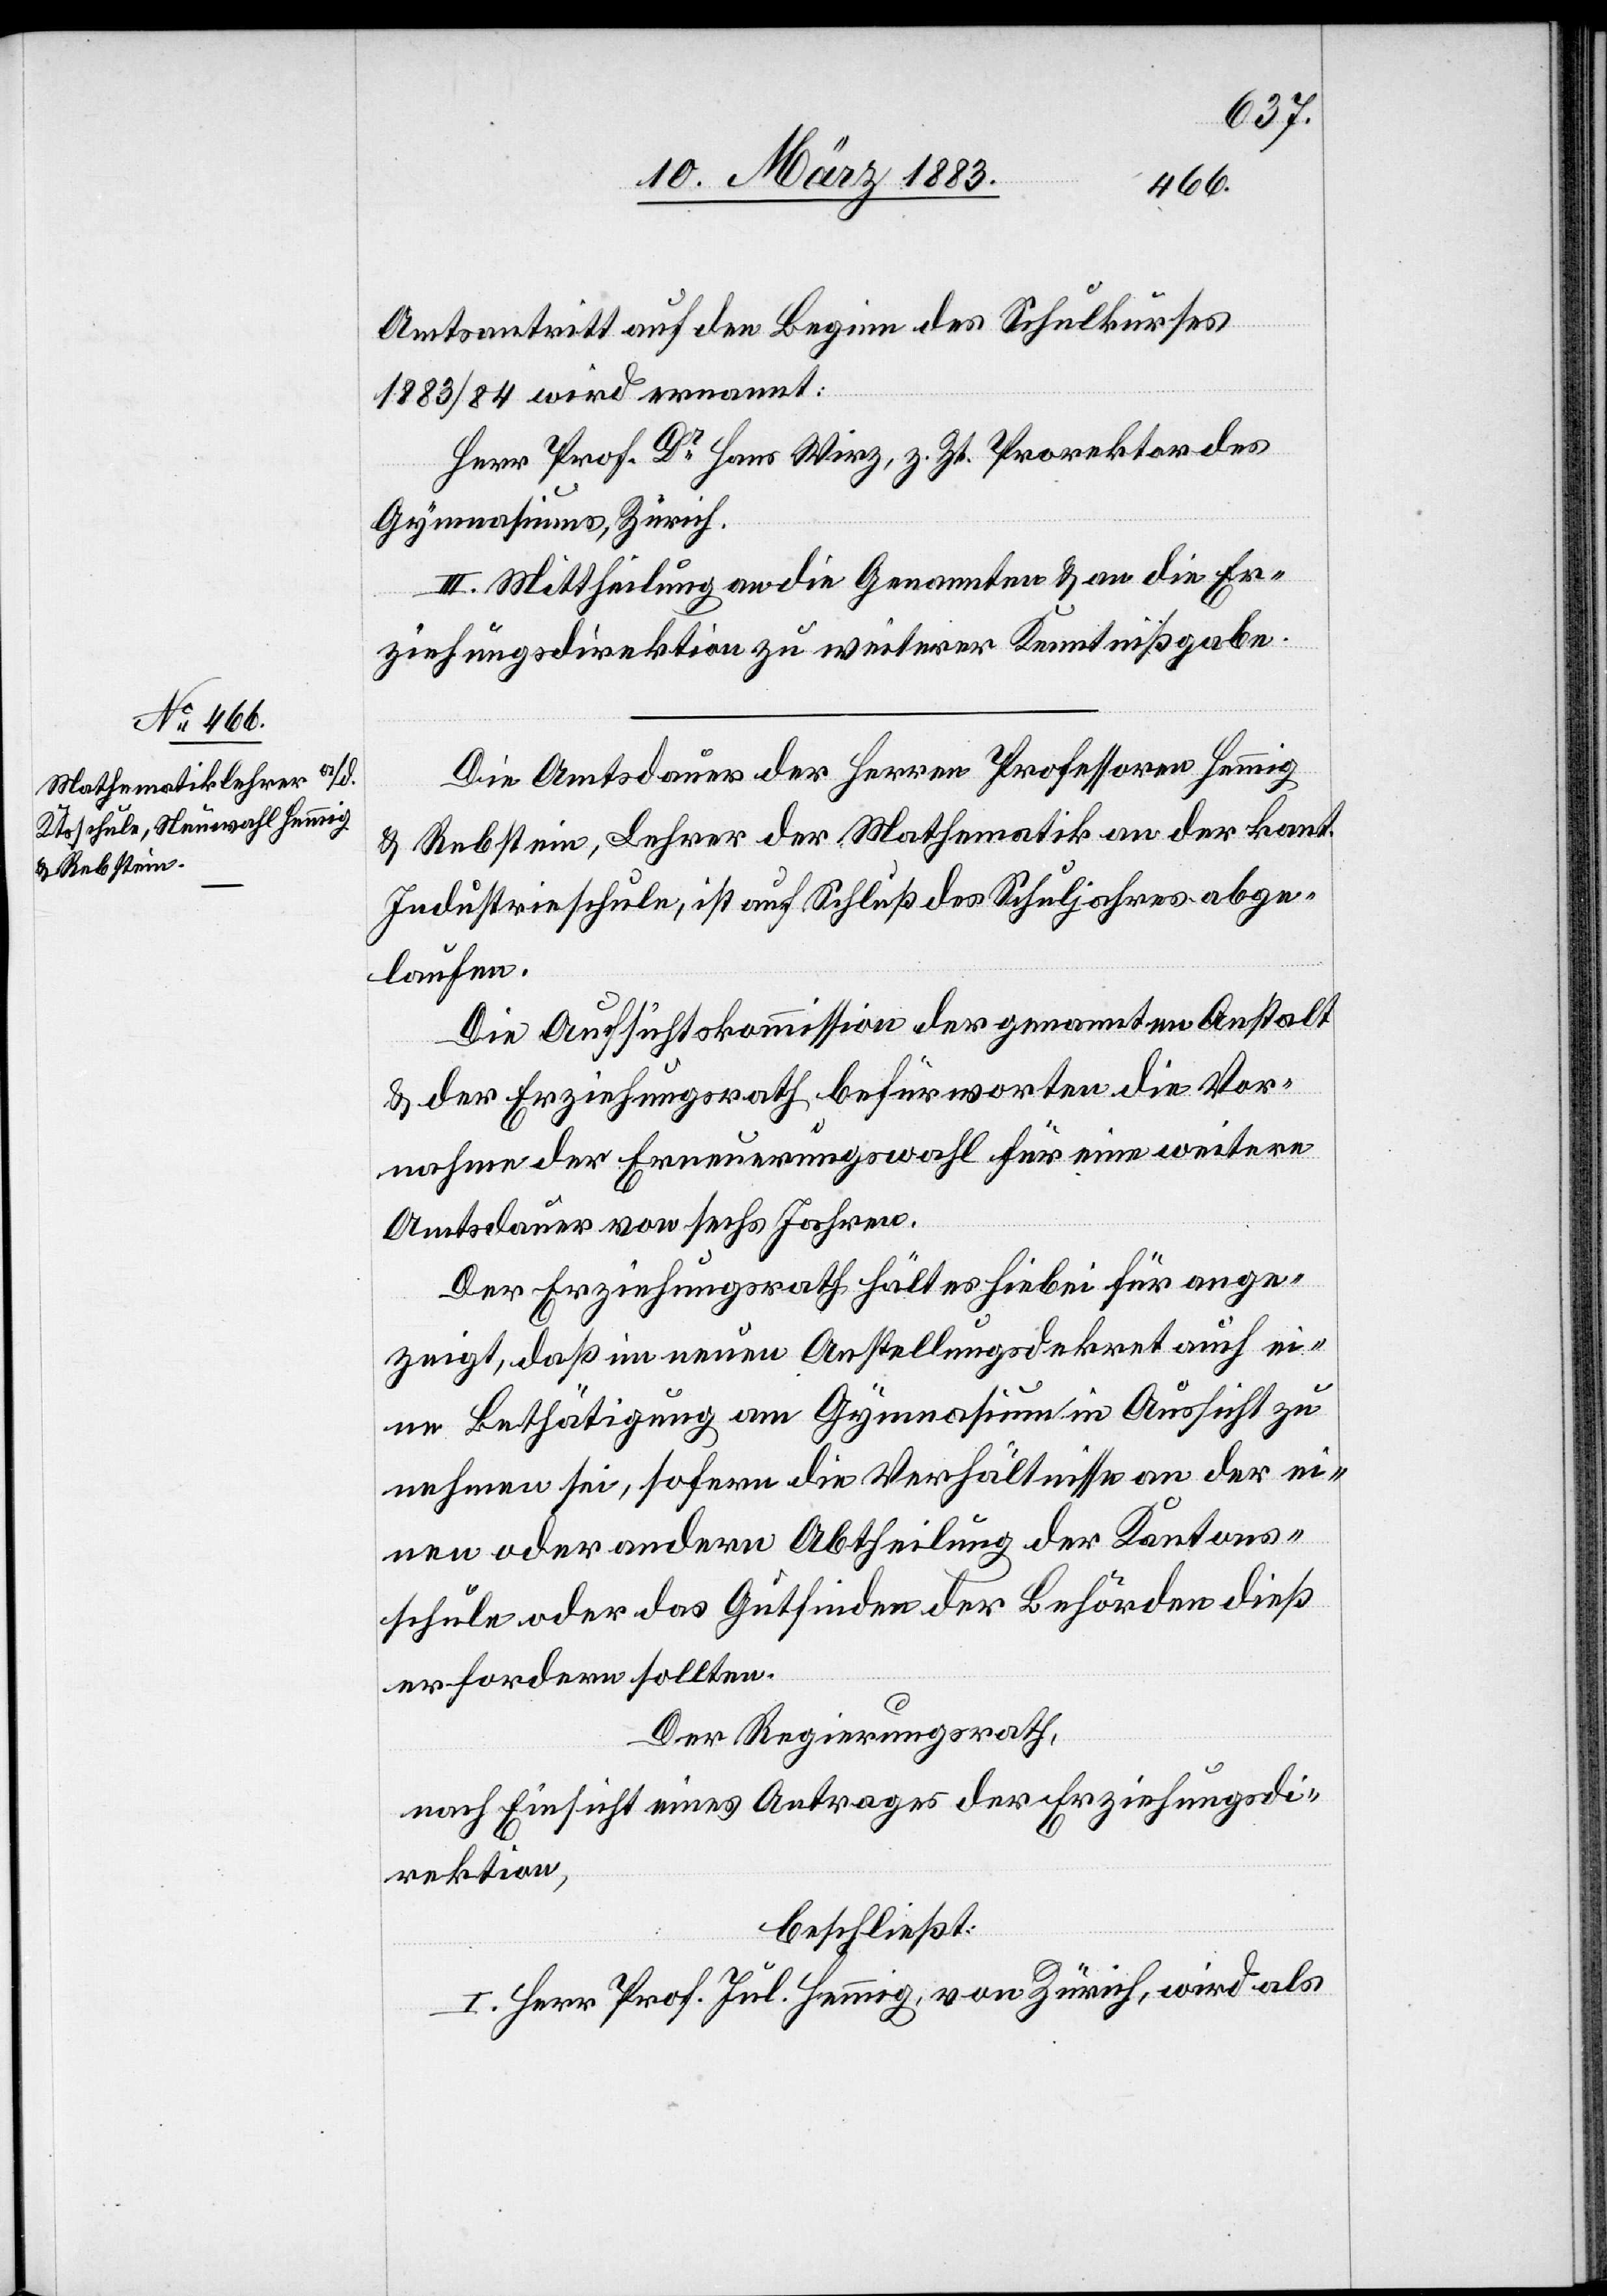
an
Der Regierungsrath,
nach Einsicht eines Antrages der Erziehungsdi¬
rektion,
beschließt: